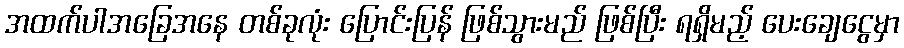
အထက်ပါအခြေအနေ တစ်ခုလုံး ပြောင်းပြန် ဖြစ်သွားမည် ဖြစ်ပြီး ရရှိမည့် ပေးချေငွေမှာ